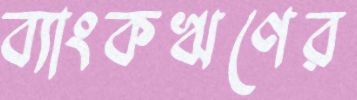
ব্যাংকঋণের